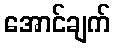
အောင်ချက်